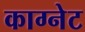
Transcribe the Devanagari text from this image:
काग्नेट